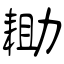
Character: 耡